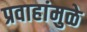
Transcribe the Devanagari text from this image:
प्रवाहांमुळे